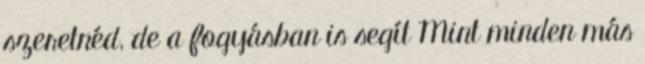
szeretnéd, de a fogyásban is segít Mint minden más